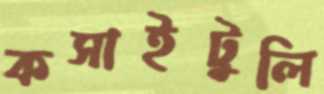
কসাইটুলি